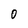
Character: 0